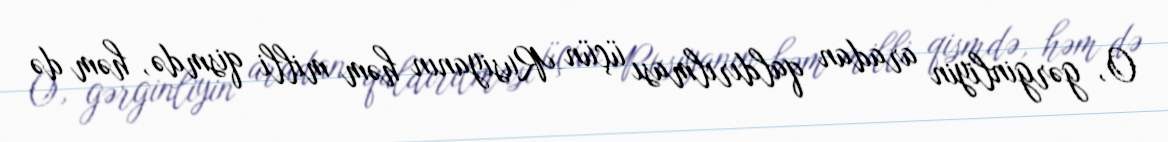
O, gərginliyin aradan qaldırılması üçün Rusiyanın həm milli qismdə, həm də